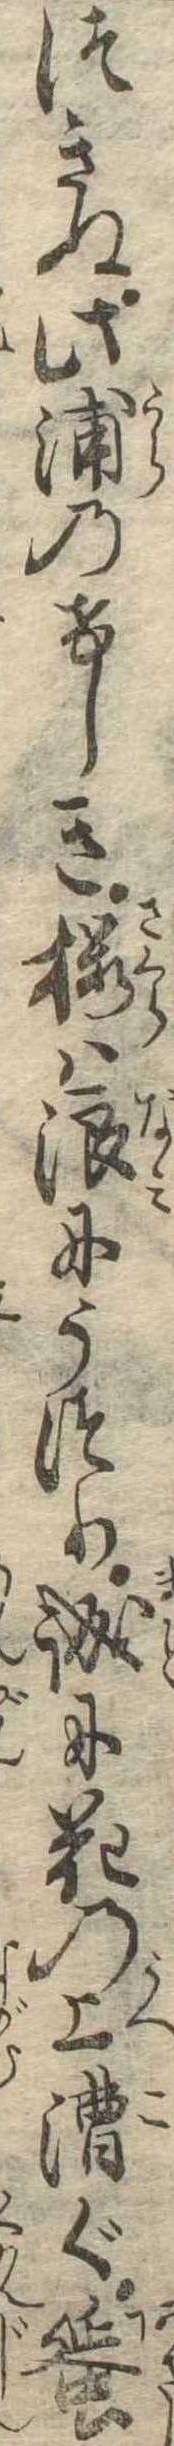
つきぬ此浦のけしき桜は浪にうつり誠に花の上漕ぐ蜑